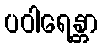
ပဝါရေန္တာ